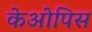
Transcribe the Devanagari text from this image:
केओपिस